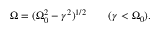
\Omega = ( \Omega _ { 0 } ^ { 2 } - \gamma ^ { 2 } ) ^ { 1 / 2 } \qquad ( \gamma < \Omega _ { 0 } ) .